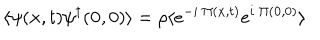
LaTeX: \langle \psi ( { \bf { x } } , t ) \psi ^ { \dagger } ( { \bf { 0 } } , 0 ) \rangle = \rho \langle e ^ { - i \mathrm { ~ } \Pi ( { \bf { x } } , t ) } e ^ { i \mathrm { ~ } \Pi ( { \bf { 0 } } , 0 ) } \rangle